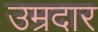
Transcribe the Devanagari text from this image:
उम्रदार